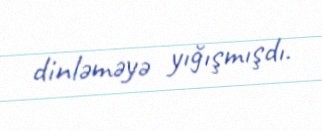
dinləməyə yığışmışdı.